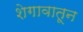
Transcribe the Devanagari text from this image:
शेगावातून